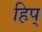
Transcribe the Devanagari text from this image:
हिप्